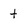
Character: t